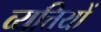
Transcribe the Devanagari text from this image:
व्यत्तियों